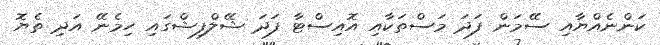
ކަންނެއްޔާއި ސޭމަން ފަދަ މަސްތަކާއި އޮއިސްޓާ ފަދަ ޝޭލްފިޝްގައި ހިމެނޭ އަދި ތެޔޮ